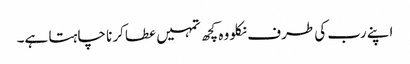
اپنے رب کی طرف نکلو وہ کچھ تمہیں عطا کرنا چاہتا ہے۔